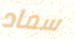
سماد